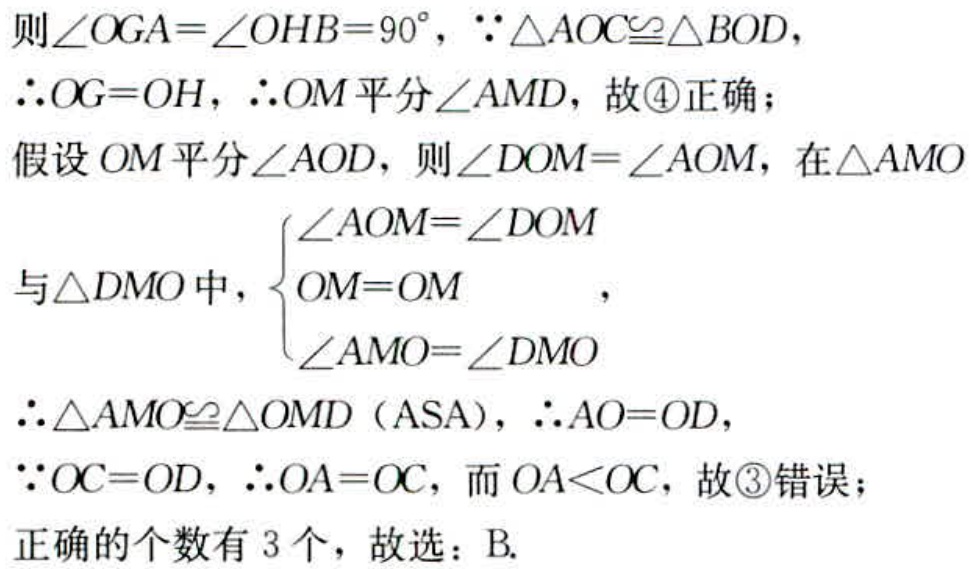
则\(\angle OGA = \angle OHB = 90^{\circ}\)，\(\because\triangle AOC\cong\triangle BOD\)，
\(\therefore OG = OH\)，\(\therefore OM\)平分\(\angle AMD\)，故\textcircled{4}正确；
假设\(OM\)平分\(\angle AOD\)，则\(\angle DOM = \angle AOM\)，在\(\triangle AMO\)
与\(\triangle DMO\)中，\(\begin{cases}
\angle AOM = \angle DOM\\
OM = OM\\
\angle AMO = \angle DMO
\end{cases}\)，
\(\therefore\triangle AMO\cong\triangle OMD\)（ASA），\(\therefore AO = OD\)，
\(\because OC = OD\)，\(\therefore OA = OC\)，而\(OA<OC\)，故\textcircled{3}错误；
正确的个数有 \(3\)个，故选：B.